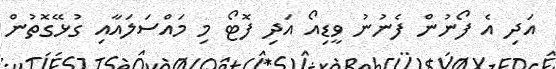
އަދި އެ ފޯނުން ފެނުނު ވީޑިއޯ އަދި ފޮޓޯ މި މައްސަލައާއި ގުޅޭގޮތުން